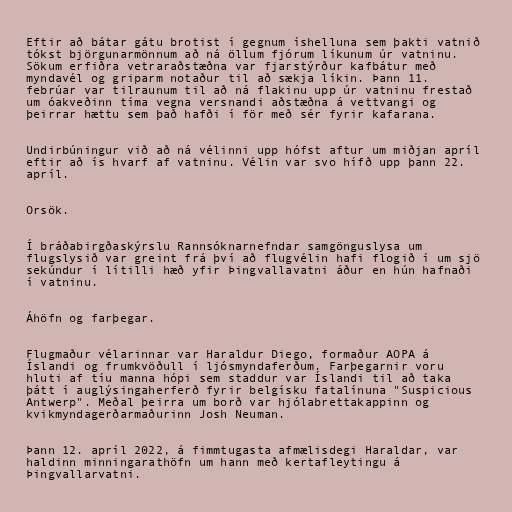
Eftir að bátar gátu brotist í gegnum íshelluna sem þakti vatnið
tókst björgunarmönnum að ná öllum fjórum líkunum úr vatninu.
Sökum erfiðra vetraraðstæðna var fjarstýrður kafbátur með
myndavél og griparm notaður til að sækja líkin. Þann 11.
febrúar var tilraunum til að ná flakinu upp úr vatninu frestað
um óakveðinn tíma vegna versnandi aðstæðna á vettvangi og
þeirrar hættu sem það hafði í för með sér fyrir kafarana.

Undirbúningur við að ná vélinni upp hófst aftur um miðjan apríl
eftir að ís hvarf af vatninu. Vélin var svo hífð upp þann 22.
apríl.

Orsök.

Í bráðabirgðaskýrslu Rannsóknarnefndar samgönguslysa um
flugslysið var greint frá því að flugvélin hafi flogið í um sjö
sekúndur í lítilli hæð yfir Þingvallavatni áður en hún hafnaði
í vatninu.

Áhöfn og farþegar.

Flugmaður vélarinnar var Haraldur Diego, formaður AOPA á
Íslandi og frumkvöðull í ljósmyndaferðum. Farþegarnir voru
hluti af tíu manna hópi sem staddur var Íslandi til að taka
þátt í auglýsingaherferð fyrir belgísku fatalínuna "Suspicious
Antwerp". Meðal þeirra um borð var hjólabrettakappinn og
kvikmyndagerðarmaðurinn Josh Neuman.

Þann 12. apríl 2022, á fimmtugasta afmælisdegi Haraldar, var
haldinn minningarathöfn um hann með kertafleytingu á
Þingvallarvatni.